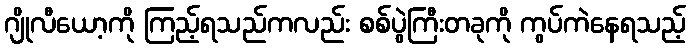
ဂျိုလီယော့ကို ကြည့်ရသည်ကလည်း စစ်ပွဲကြီးတခုကို ကွပ်ကဲနေရသည့်